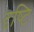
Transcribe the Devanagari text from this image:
दृष्‍टि